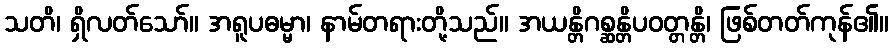
သတိ၊ ရှိလတ်သော်။ အရူပဓမ္မာ၊ နာမ်တရားတို့သည်။ အယန္တိဂစ္ဆန္တိပဝတ္တန္တိ၊ ဖြစ်တတ်ကုန်၏။